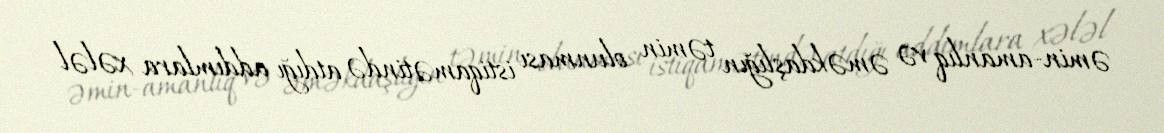
əmin-amanlıq və əməkdaşlığın təmin olunması istiqamətində atdığı addımlara xələl